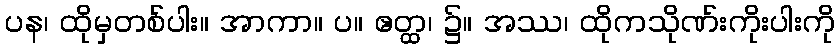
ပန၊ ထိုမှတစ်ပါး။ အာကာ။ ပ။ ဧတ္ထ၊ ၌။ အဿ၊ ထိုကသိုဏ်းကိုးပါးကို